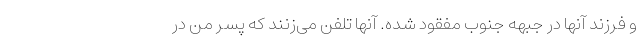
و فرزند آنها در جبهه جنوب مفقود شده. آنها تلفن می‌زنند که پسر من در